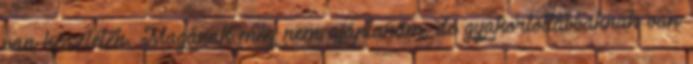
van készleten. Magának még nem ajánlanám, de gyakorlottabbaknak van